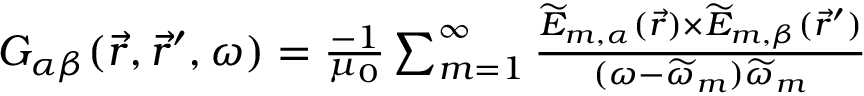
\begin{array} { r } { G _ { \alpha \beta } ( \vec { r } , \vec { r } ^ { \prime } , \omega ) = \frac { - 1 } { \mu _ { 0 } } \sum _ { m = 1 } ^ { \infty } \frac { \widetilde { E } _ { m , \alpha } ( \vec { r } ) \times \widetilde { E } _ { m , \beta } ( \vec { r } ^ { \prime } ) } { ( \omega - \widetilde { \omega } _ { m } ) \widetilde { \omega } _ { m } } } \end{array}